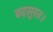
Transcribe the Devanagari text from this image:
बदसूरत।